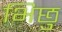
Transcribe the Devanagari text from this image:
भिछु